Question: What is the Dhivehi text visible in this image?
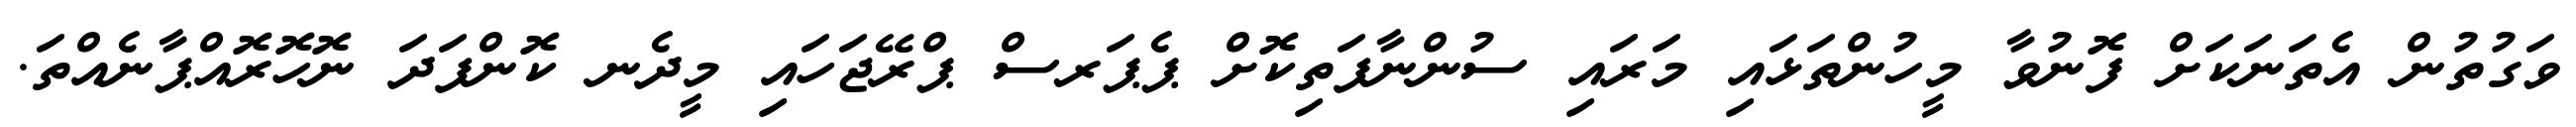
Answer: ވަގުތުން އެތަނަކަށް ފޮނުވާ މީހުންތަޅައި މަރައި ސުންނާފަތިކޮށް ޕެޕަރސް ޕްރޭޖަހައި މީދެނ ކޮންފަދަ ނޮހޮރޮއްޕާނެއްތަ.